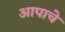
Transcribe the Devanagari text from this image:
आपाचे